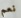
نعم